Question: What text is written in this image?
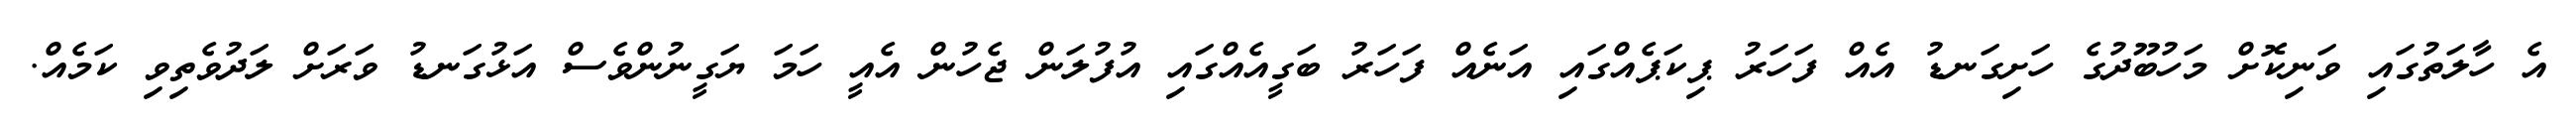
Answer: އެ ހާލަތުގައި ވަނިކޮށް މަހުބޫދުގެ ހަށިގަނޑު އެއް ފަހަރު ޕިކަޕެއްގައި އަނެއް ފަހަރު ބަގީއެއްގައި އުފުލަން ޖެހުން އެއީ ހަމަ ޔަގީނުންވެސް އަޅުގަނޑު ވަރަށް ލަދުވެތިވި ކަމެއް.